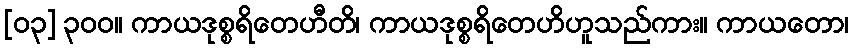
[၀၃] ၃၀၀။ ကာယဒုစ္စရိတေဟီတိ၊ ကာယဒုစ္စရိတေဟိဟူသည်ကား။ ကာယတော၊